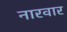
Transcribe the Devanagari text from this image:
नारवार